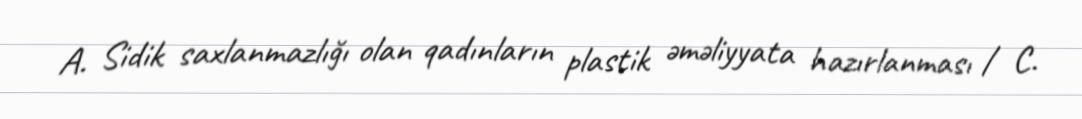
A. Sidik saxlanmazlığı olan qadınların plastik əməliyyata hazırlanması / C.